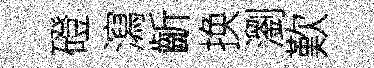
磴瀉齗换瀏歎